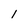
Character: 1